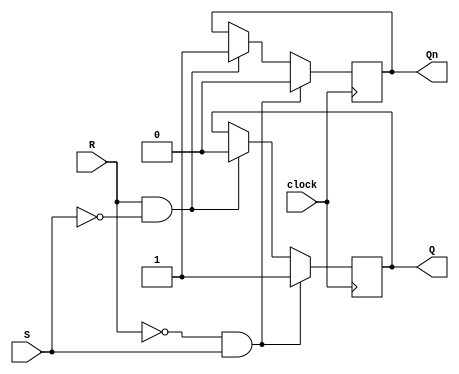
module SR_flip_flop (
    input S,
    input R,
    input clock,
    output reg Q,
    output reg Qn
);

always @(posedge clock) begin
    if (R == 1'b0 && S == 1'b1) begin
        Q <= 1'b1;
        Qn <= 1'b0;
    end else if (R == 1'b1 && S == 1'b0) begin
        Q <= 1'b0;
        Qn <= 1'b1;
    end
end

endmodule